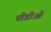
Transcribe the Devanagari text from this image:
पीडीओ